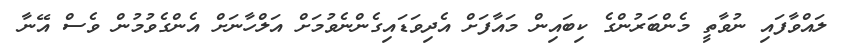
ލައްވާފައި ނުވާތީ މެންބަރުންގެ ކިބައިން މައާފަށް އެދިވަޑައިގެންނެވުމަށް އަލްހާނަށް އެންގެވުމުން ވެސް އޭނާ